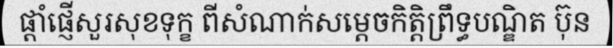
ផ្តាំផ្ញើសួរសុខទុក្ខ ពីសំណាក់សម្តេចកិត្តិព្រឹទ្ធបណ្ឌិត ប៊ុន